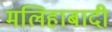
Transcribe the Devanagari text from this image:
मलिहाबादी